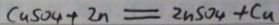
C a S O _ { 4 } + 2 n = 2 n S O _ { 4 } + C u